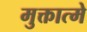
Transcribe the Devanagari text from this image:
मुक्तात्मे